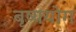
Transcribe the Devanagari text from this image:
बृष्ययोग